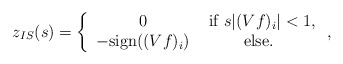
\begin{align*}z_{IS}(s) = \left \{ \begin{array}{cc} 0 & \textnormal{ if } s|(Vf)_i|< 1, \\ -\textnormal{sign}((Vf)_i)& \textnormal{ else. } \end{array} \right. ,\end{align*}